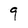
Character: 9